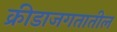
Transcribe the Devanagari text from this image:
क्रीडाजगतातील